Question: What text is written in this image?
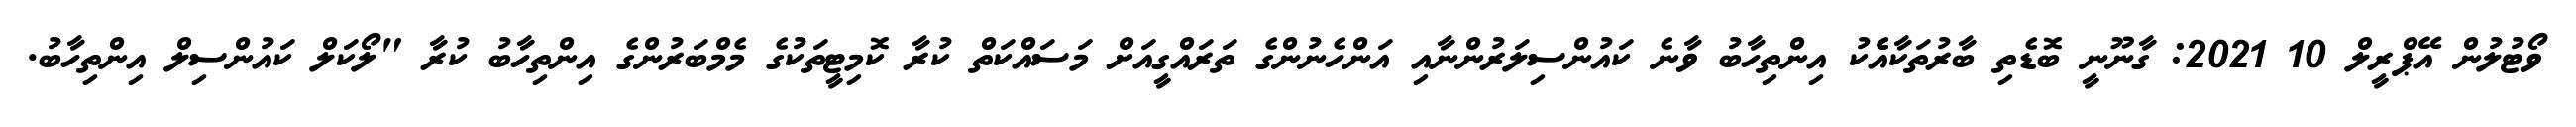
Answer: ވޯޓުލުން އޭޕްރީލް 10 2021: ގާނޫނީ ބޮޑެތި ބާރުތަކާއެެކު އިންތިހާބު ވާނެ ކައުންސިލަރުންނާއި އަންހެނުންގެ ތަރައްގީއަށް މަސައްކަތް ކުރާ ކޮމިޓީތަކުގެ މެމްބަރުންގެ އިންތިހާބު ކުރާ "ލޯކަލް ކައުންސިލް އިންތިހާބު.